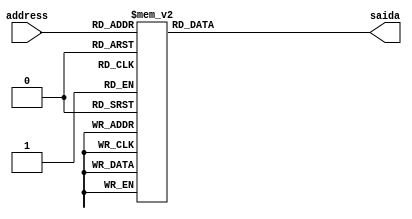
/* **********************************************
* Description: 4-bits sequency attribution 
* Revision: Version 1.0
*
* Input: 4-bits address
* Output: 4-bits registered saida
*	
********************************************** */	
module SEQ3(
    input [3:0] address,
    output reg [3:0] saida
);

always @(address) begin
    case (address)
				4'b0000: saida = 4'b0001;
				4'b0001: saida = 4'b1000;
				4'b0010: saida = 4'b0100;
				4'b0011: saida = 4'b1000;
				4'b0100: saida = 4'b0001;
				4'b0101: saida = 4'b0010;
				4'b0110: saida = 4'b0100;
				4'b0111: saida = 4'b1000;
				4'b1000: saida = 4'b0001;
				4'b1001: saida = 4'b0010;
				4'b1010: saida = 4'b1000;
				4'b1011: saida = 4'b0010;
				4'b1100: saida = 4'b0001;
				4'b1101: saida = 4'b1000;
				4'b1110: saida = 4'b0100;
				4'b1111: saida = 4'b0010;
              default: saida = 4'b0000;  // Default case to handle unexpected values
        endcase
end

endmodule